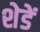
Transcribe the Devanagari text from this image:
शेडें